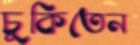
চুকিতেন